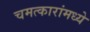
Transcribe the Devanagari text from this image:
चमत्कारांमध्ये